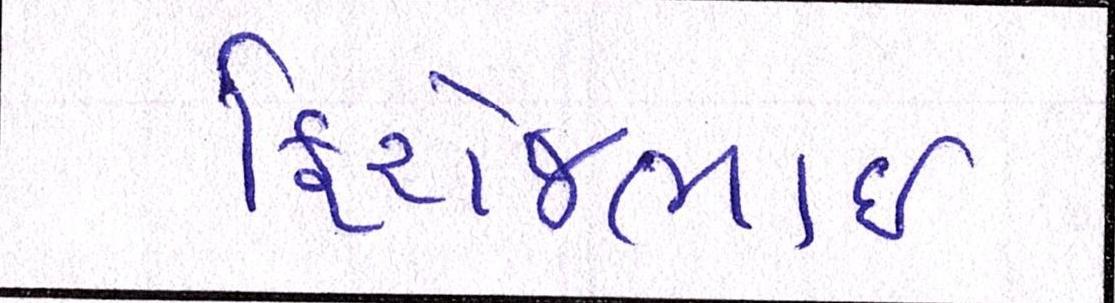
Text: ફિરોજભાઇ